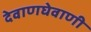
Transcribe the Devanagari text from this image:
देवाणघेवाणी